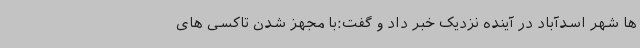
ها شهر اسدآباد در آینده نزدیک خبر داد و گفت:با مجهز شدن تاکسی های